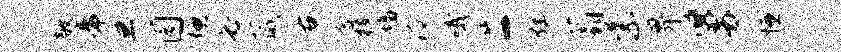
敞帝旦园嫌必葳右含枝墙泠哦二炫蓊紫畀舅慊